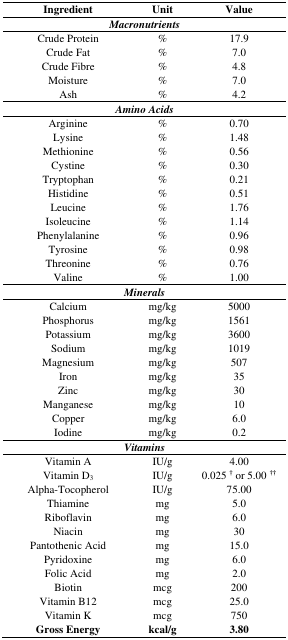
<table><thead><tr><td><b>Ingredient</b></td><td><b>Unit</b></td><td><b>Value</b></td></tr></thead><tbody><tr><td colspan="3"><b><i>Macronutrients</i></b></td></tr><tr><td>Crude Protein</td><td>%</td><td>17.9</td></tr><tr><td>Crude Fat</td><td>%</td><td>7.0</td></tr><tr><td>Crude Fibre</td><td>%</td><td>4.8</td></tr><tr><td>Moisture</td><td>%</td><td>7.0</td></tr><tr><td>Ash</td><td>%</td><td>4.2</td></tr><tr><td colspan="3"><b><i>Amino Acids</i></b></td></tr><tr><td>Arginine</td><td>%</td><td>0.70</td></tr><tr><td>Lysine</td><td>%</td><td>1.48</td></tr><tr><td>Methionine</td><td>%</td><td>0.56</td></tr><tr><td>Cystine</td><td>%</td><td>0.30</td></tr><tr><td>Tryptophan</td><td>%</td><td>0.21</td></tr><tr><td>Histidine</td><td>%</td><td>0.51</td></tr><tr><td>Leucine</td><td>%</td><td>1.76</td></tr><tr><td>Isoleucine</td><td>%</td><td>1.14</td></tr><tr><td>Phenylalanine</td><td>%</td><td>0.96</td></tr><tr><td>Tyrosine</td><td>%</td><td>0.98</td></tr><tr><td>Threonine</td><td>%</td><td>0.76</td></tr><tr><td>Valine</td><td>%</td><td>1.00</td></tr><tr><td colspan="3"><b><i>Minerals</i></b></td></tr><tr><td>Calcium</td><td>mg/kg</td><td>5000</td></tr><tr><td>Phosphorus</td><td>mg/kg</td><td>1561</td></tr><tr><td>Potassium</td><td>mg/kg</td><td>3600</td></tr><tr><td>Sodium</td><td>mg/kg</td><td>1019</td></tr><tr><td>Magnesium</td><td>mg/kg</td><td>507</td></tr><tr><td>Iron</td><td>mg/kg</td><td>35</td></tr><tr><td>Zinc</td><td>mg/kg</td><td>30</td></tr><tr><td>Manganese</td><td>mg/kg</td><td>10</td></tr><tr><td>Copper</td><td>mg/kg</td><td>6.0</td></tr><tr><td>Iodine</td><td>mg/kg</td><td>0.2</td></tr><tr><td colspan="3"><b><i>Vitamins</i></b></td></tr><tr><td>Vitamin A</td><td>IU/g</td><td>4.00</td></tr><tr><td>Vitamin D3</td><td>IU/g</td><td>0.025 <sup>†</sup> or 5.00 <sup>††</sup></td></tr><tr><td>Alpha-Tocopherol</td><td>IU/g</td><td>75.00</td></tr><tr><td>Thiamine</td><td>mg</td><td>5.0</td></tr><tr><td>Riboflavin</td><td>mg</td><td>6.0</td></tr><tr><td>Niacin</td><td>mg</td><td>30</td></tr><tr><td>Pantothenic Acid</td><td>mg</td><td>15.0</td></tr><tr><td>Pyridoxine</td><td>mg</td><td>6.0</td></tr><tr><td>Folic Acid</td><td>mg</td><td>2.0</td></tr><tr><td>Biotin</td><td>mcg</td><td>200</td></tr><tr><td>Vitamin B12</td><td>mcg</td><td>25.0</td></tr><tr><td>Vitamin K</td><td>mcg</td><td>750</td></tr><tr><td><b>Gross Energy</b></td><td><b>kcal/g</b></td><td><b>3.80</b></td></tr></tbody></table>